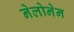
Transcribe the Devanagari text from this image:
नेलोनेन